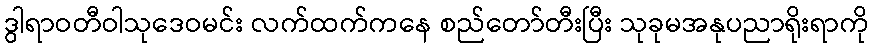
ဒွါရာဝတီဝါသုဒေဝမင်း လက်ထက်ကနေ စည်တော်တီးပြီး သုခုမအနုပညာရိုးရာကို